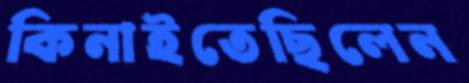
কিনাইতেছিলেন